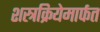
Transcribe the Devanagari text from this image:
शस्त्रक्रियेमार्फत